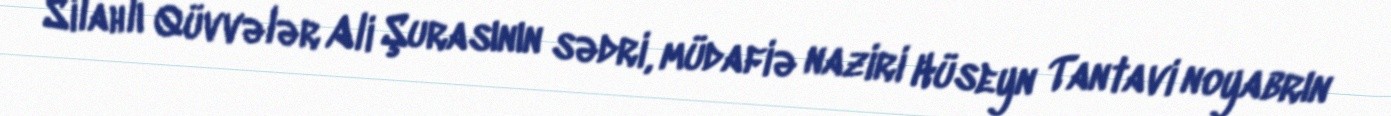
Silahlı Qüvvələr Ali Şurasının sədri, müdafiə naziri Hüseyn Tantavi noyabrın